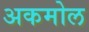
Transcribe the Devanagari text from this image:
अकमोल